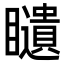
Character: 𥌰